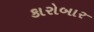
કારોબાર